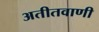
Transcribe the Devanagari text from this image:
अतीतवाणी